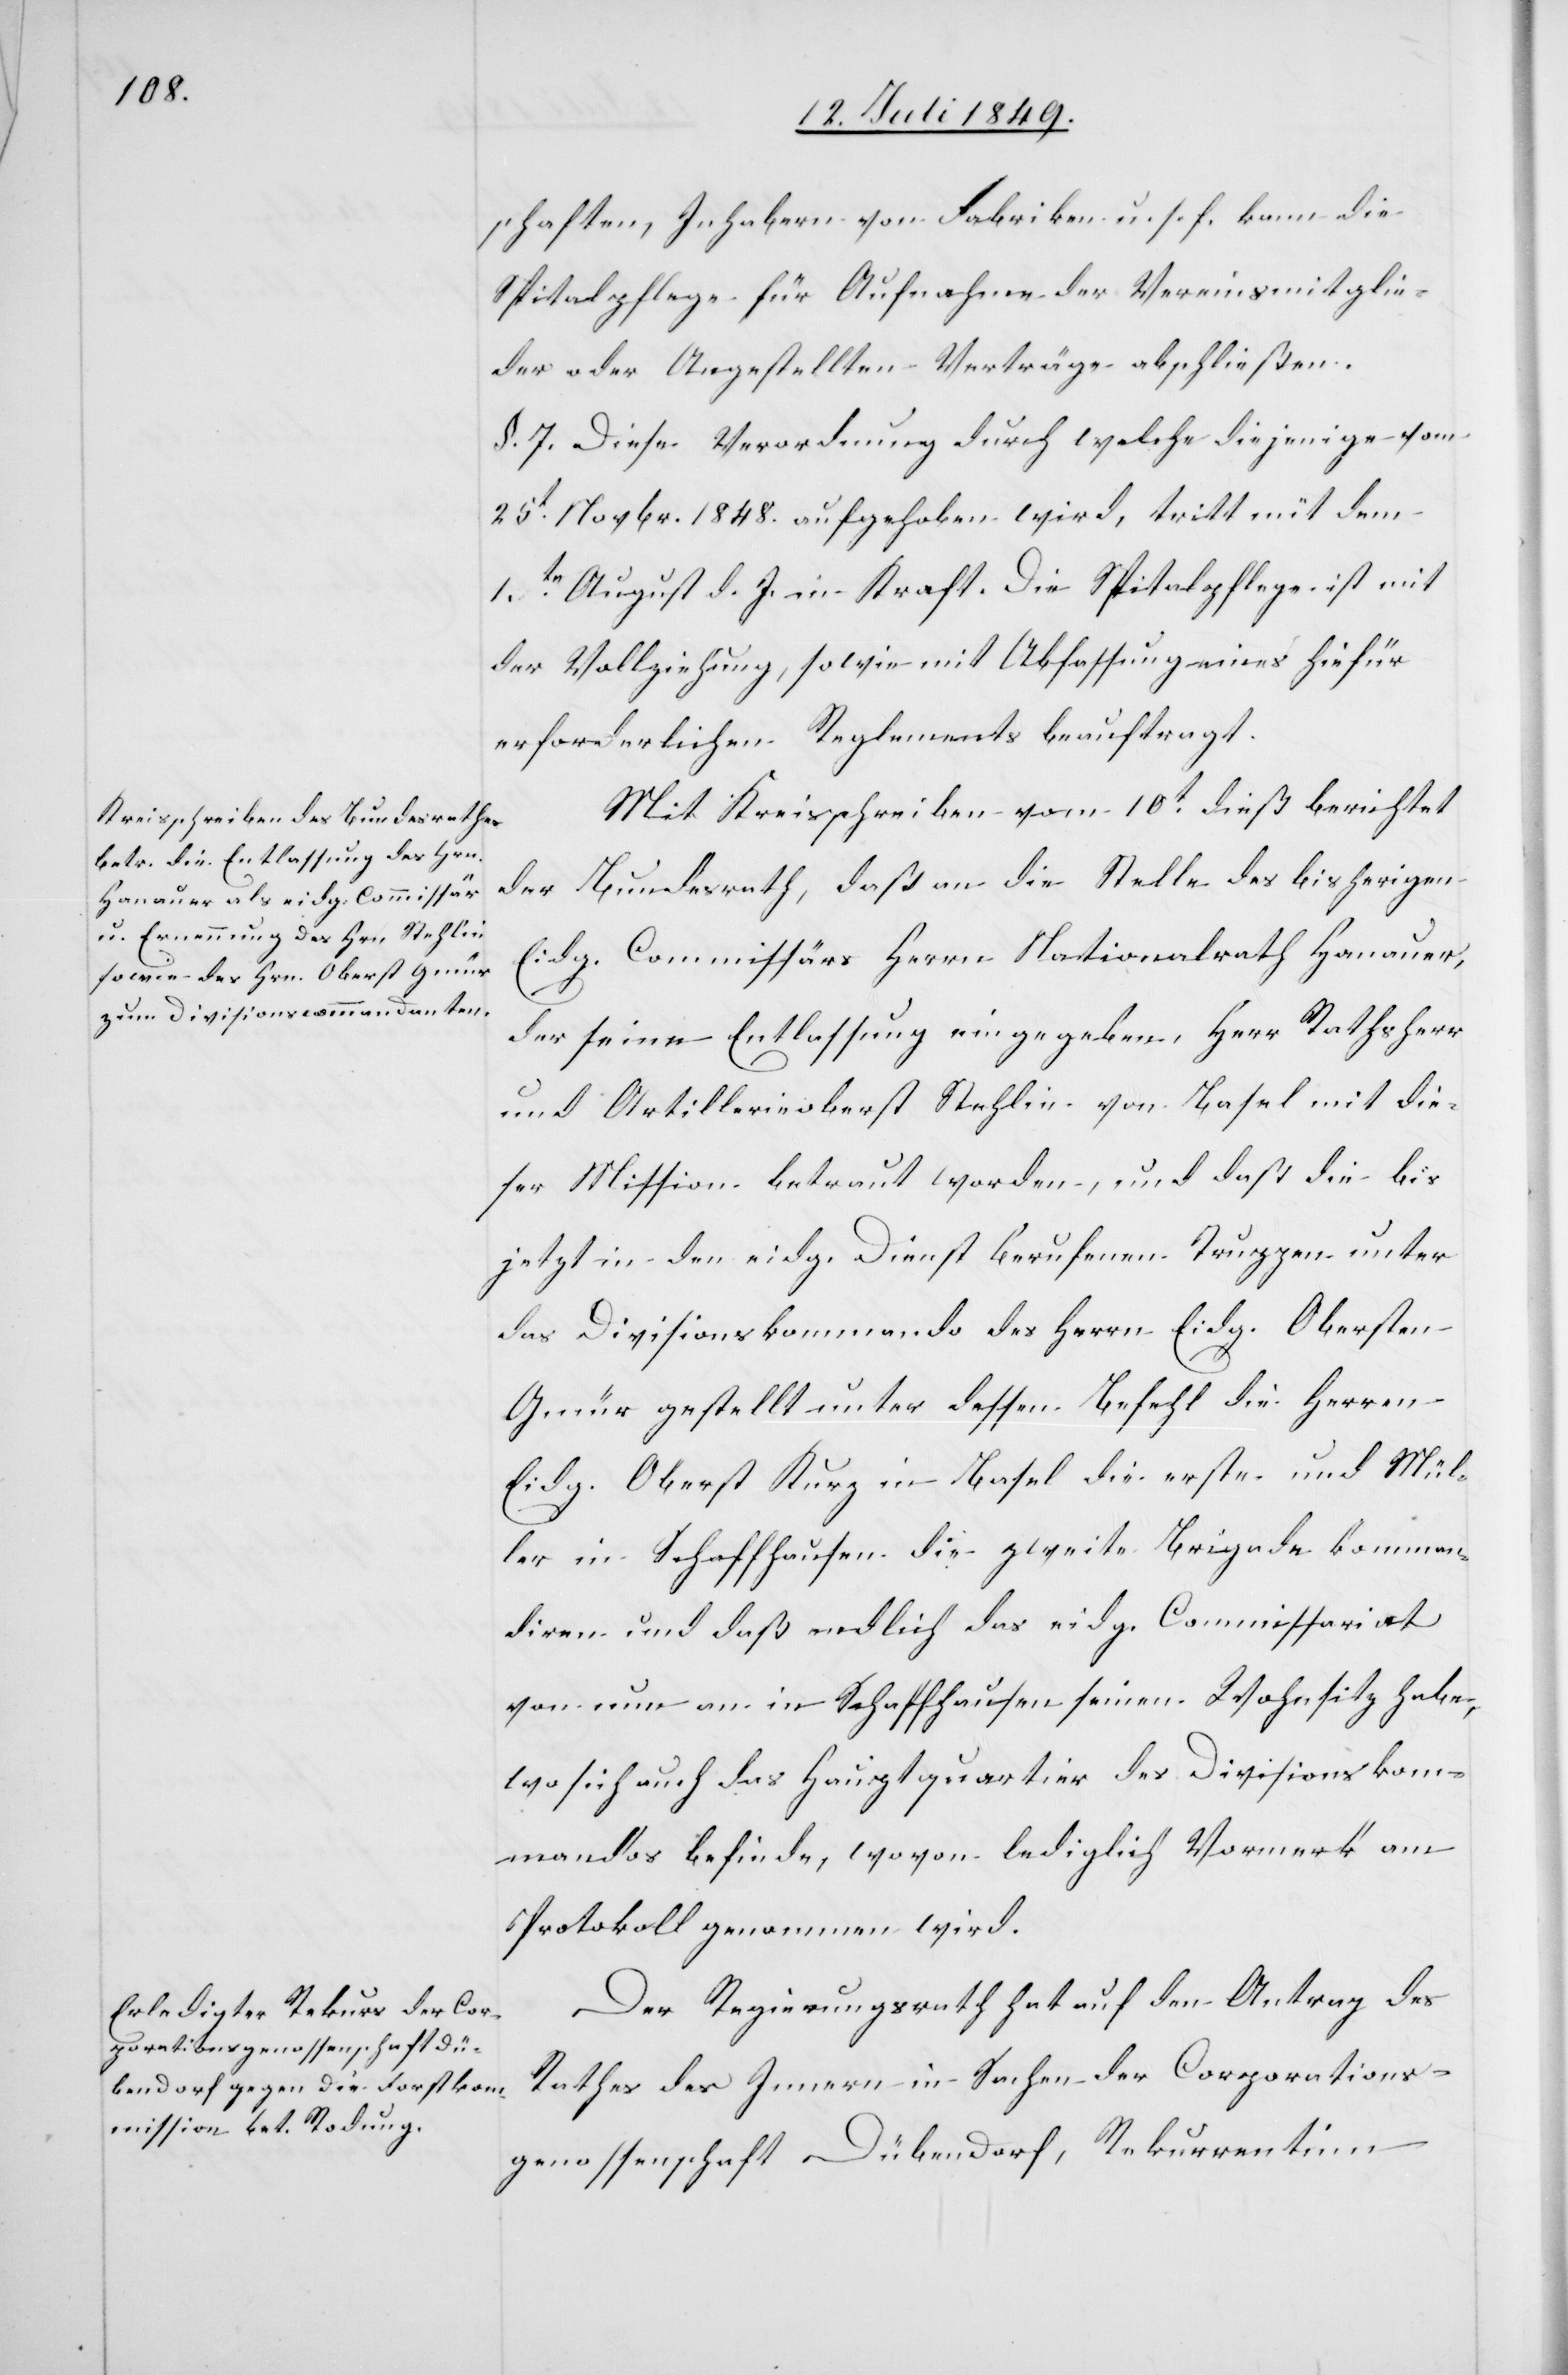
schaften, Inhabern von Fabriken u. s. f. kann die
Spitalpflege für Aufnahme der Vereinsmitglie¬
der oder Angestellten Verträge abschließen.
§. 7. Diese Verordnung durch welche diejenige vom
25t Novbr. 1848. aufgehoben wird, tritt mit dem
1.tn August d. J. in Kraft. Die Spitalpflege ist mit
der Vollziehung, sowie mit Abfassung eines hiefür
erforderlichen Reglements beauftragt.
Mit Kreisschreiben vom 10t dieß berichtet
der Bundesrath, daß an die Stelle des bisherigen
Eidg. Commissärs Herrn Nationalrath Hanauer,
der seine Entlassung eingegeben, Herr Rathsherr
und Artillerieoberst Stehlin von Basel mit die¬
ser Mission betraut worden, und daß die bis
jetzt in den eidg. Dienst berufenen Truppen unter
das Divisionskommando des Herrn Eidg. Obersten
Gmür gestellt unter dessen Befehl die Herren
Eidg. Oberst Kurz in Basel die erste und Mül¬
ler in Schaffhausen die zweite Brigade komman¬
diren und daß endlich das eidg. Commissariat
von nun an in Schaffhausen seinen Wohnsitz habe,
wo sich auch das Hauptquartier des Divisionskom¬
mandos befinde, wovon lediglich Vormerk am
Protokoll genommen wird.
Der Regierungsrath hat auf den Antrag des
Rathes des Innern in Sachen der Corporations¬
genossenschaft Dübendorf, Rekurrentinn